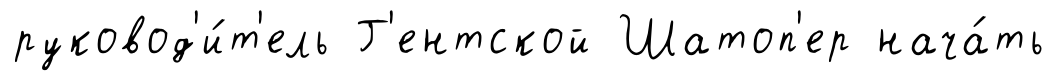
руковод'и́т'ель Г'ентской Шатоп'ер нача́ть